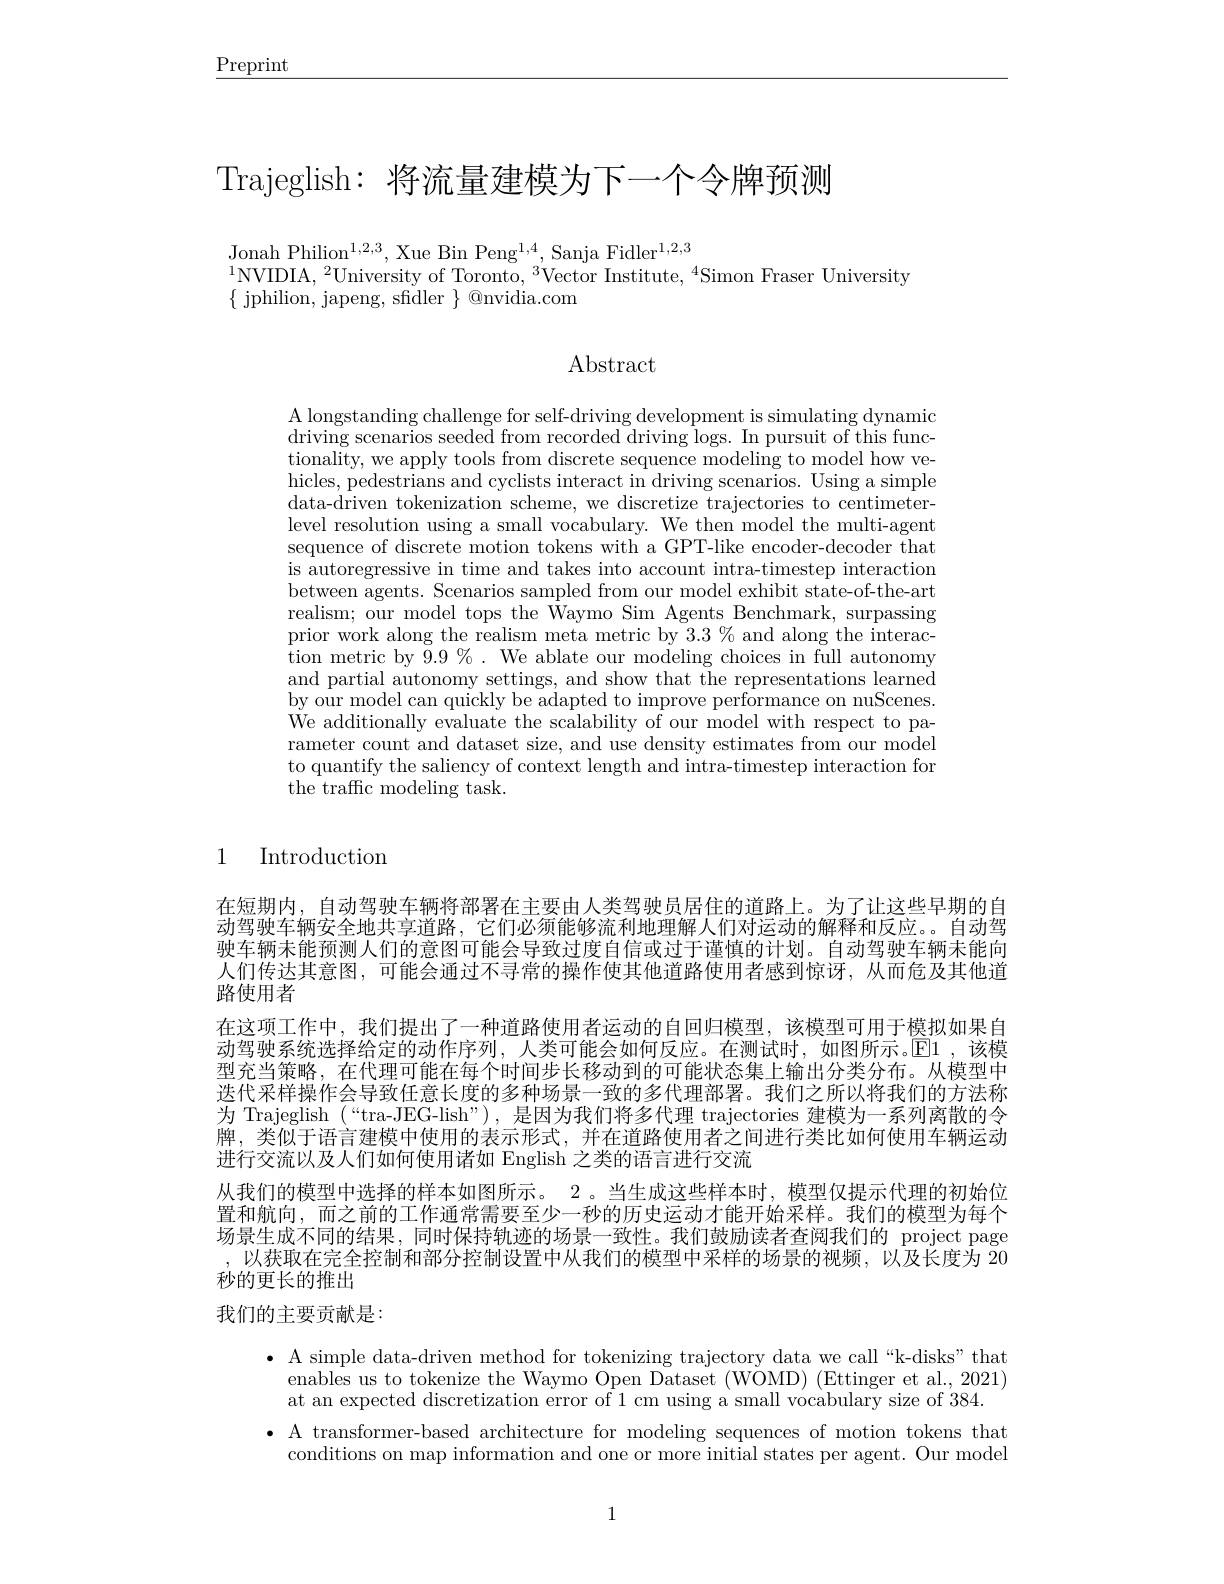
$\underline{\mathrm{Preprint}}$

# Trajeglish:将流量建模为下一个令牌预测

Jonah Philion$^1,2,3$, Xue Bin Peng$^{1,4}$, Sanja Fidler$^{1,2,3}$
$^{1}$NVIDIA,$^2$University of Toronto,$^3$Vector Institute,$^4$Simon Fraser University
$\{$ jphilion, japeng, sfidler $\}$ @nvidia.com

Abstract

A longstanding challenge for self-driving development is simulating dynamic driving scenarios seeded from recorded driving logs. In pursuit of this func- tionality, we apply tools from discrete sequence modeling to model how vehicles, pedestrians and cyclists interact in driving scenarios. Using a simple data-driven tokenization scheme, we discretize trajectories to centimeterlevel resolution using a small vocabulary. We then model the multi-agent sequence of discrete motion tokens with a GPT-like encoder-decoder that is autoregressive in time and takes into account intra-timestep interaction between agents. Scenarios sampled from our model exhibit state-of-the-art realism; our model tops the Waymo Sim Agents Benchmark, surpassing prior work along the realism meta metric by $\bar{3.3\%}$ and along the interaction metric by $9.9\%.$ We ablate our modeling choices in full autonomy and partial autonomy settings, and show that the representations learned by our model can quickly be adapted to improve performance on nuScenes. We additionally evaluate the scalability of our model with respect to parameter count and dataset size, and use density estimates from our model to quantify the saliency of context length and intra-timestep interaction for ${\mathrm{the~traffic~modeling~task}}.$

# 1 Introduction

人们传达其意图，可能会通过不寻常的操作使其他道路使用者感到惊讶，从而危及其他道
路使用者

在短期内，自动驾驶车辆将部署在主要由人类驾驶员居住的道路上。为了让这些早期的自动驾驶车辆安全地共享道路，它们必须能够流利地理解人们对运动的解释和反应。。自动驾驶车辆未能预测人们的意图可能会导致过度自信或过于谨慎的计划。自动驾驶车辆未能向在这项工作中，我们提出了一种道路使用者运动的自回归模型，该模型可用于模拟如果自动驾驶系统选择给定的动作序列，人类可能会如何反应。在测试时，如图所示。$\color{red}{\mathrm{E}}$1,该模型充当策略，在代理可能在每个时间步长移动到的可能状态集上输出分类分布。从模型中迭代采样操作会导致任意长度的多种场景一致的多代理部署。我们之所以将我们的方法称为 Trajeglish (“tra-JEG-lish”), 是因为我们将多代理 trajectories 建模为一系列离散的令牌，类似于语言建模中使用的表示形式，并在道路使用者之间进行类比如何使用车辆运动进行交流以及人们如何使用诸如 English 之类的语言进行交流
从我们的模型中选择的样本如图所示。2 。当生成这些样本时，模型仅提示代理的初始位置和航向，而之前的工作通常需要至少一秒的历史运动才能开始采样。我们的模型为每个场景生成不同的结果，同时保持轨迹的场景一致性。我们鼓励读者查阅我们的 project page ,以获取在完全控制和部分控制设置中从我们的模型中采样的场景的视频，以及长度为 20秒的更长的推出

我们的主要贡献是：

$\bullet$ A simple data-driven method for tokenizing trajectory data we call“k-disks”that
enables us to tokenize the Waymo Open Dataset (WOMD) (Ettinger et al., 2021)
at an expected discretization error of 1 cm using a small vocabulary size of 384.
$\bullet$ A transformer-based architecture for modeling sequences of motion tokens that
conditions on map information and one or more initial states per agent. Our model

1